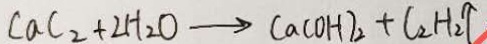
C a C _ { 2 } + 2 H _ { 2 } O \rightarrow C a ( O H ) _ { 2 } + C _ { 2 } H _ { 2 } \uparrow